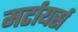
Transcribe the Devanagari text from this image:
मर्टायर्स